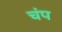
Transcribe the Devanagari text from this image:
चंप